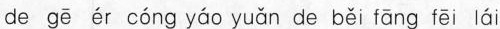
de gē ér cóng yáo yuǎn de běi fāng fēi lái